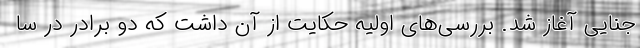
جنایی آغاز شد. بررسی‌های اولیه حکایت از آن داشت که دو برادر در سا